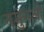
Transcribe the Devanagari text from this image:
नमुनओ